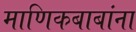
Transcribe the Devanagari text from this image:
माणिकबाबांना